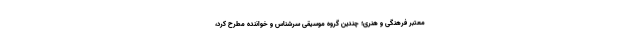
معتبر فرهنگی و هنری؛ چندین گروه موسیقی سرشناس و خواننده مطرح کُرد،